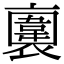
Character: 𧝕